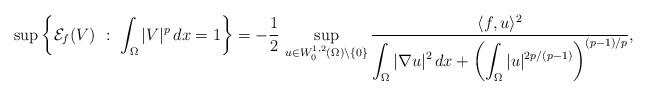
LaTeX: \begin{align*}\sup\left\{\mathcal{E}_f(V)\ :\ \int_\Omega |V|^p\,dx=1\right\}=-\frac{1}{2}\,\sup_{u\in W^{1,2}_0(\Omega)\setminus\{0\}}\frac{\langle f,u\rangle^2}{\displaystyle\int_\Omega|\nabla u|^2\,dx+\left(\int_\Omega|u|^{2p/(p-1)}\right)^{(p-1)/p}},\end{align*}